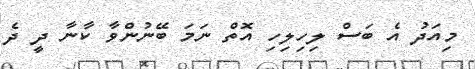
މިއަދު އެ ބަސް ލިހިލިހި އޮތް ނަމަ ބޭނުންވާ ކާނާ ދީ ދެ